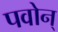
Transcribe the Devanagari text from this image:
पवोन्